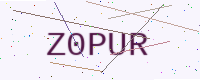
Text: Z0PUR